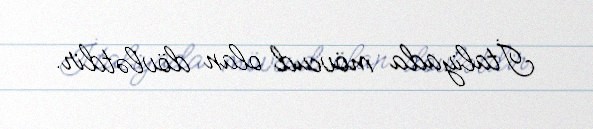
İtaliyada mövcud olan dövlətdir.